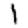
Digit: 1